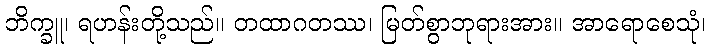
ဘိက္ခူ၊ ရဟန်းတို့သည်။ တထာဂတဿ၊ မြတ်စွာဘုရားအား။ အာရောစေသုံ၊